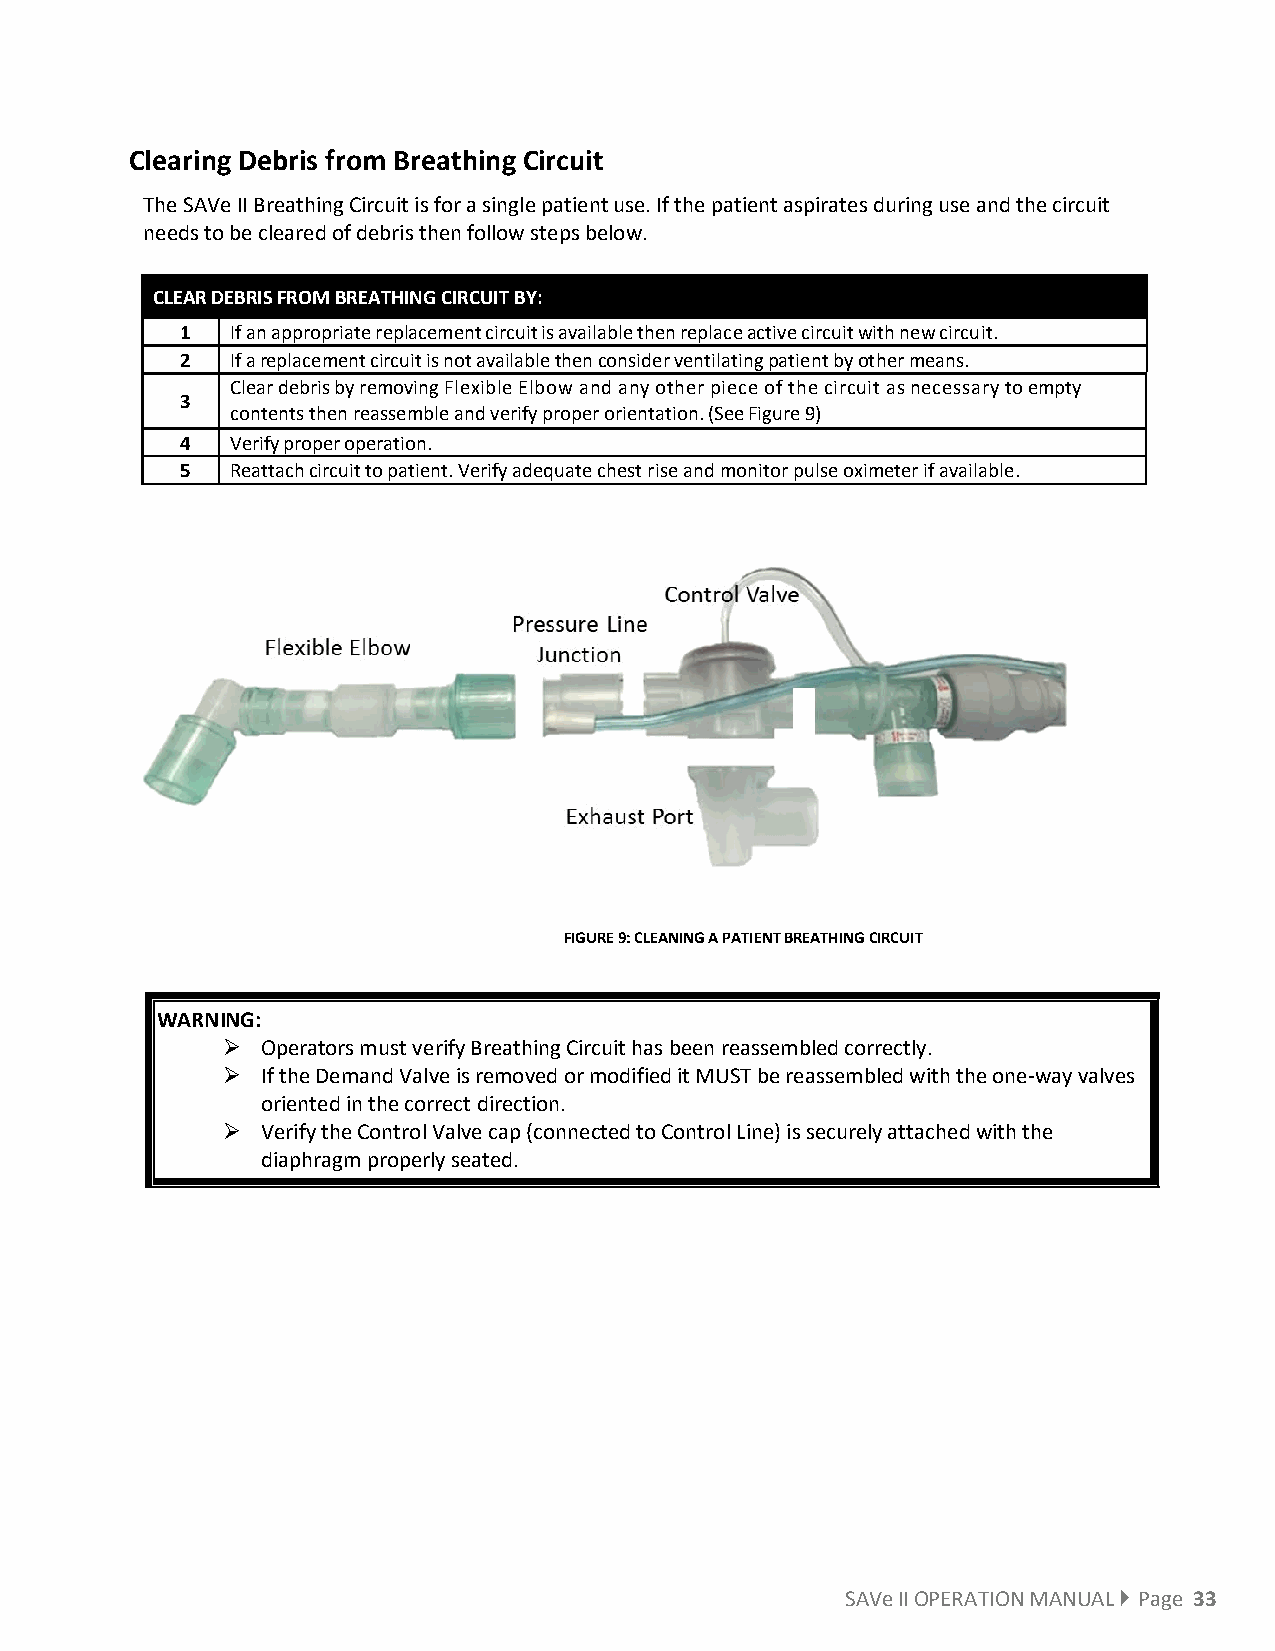
Clearing Debris from Breathing Circuit
 The SAVe II Breathing Circuit is for a single patient use. If the patient aspirates during use and the circuit
 needs to be cleared of debris then follow steps below.
 CLEAR DEBRIS FROM BREATHING CIRCUIT BY:
 1  If an appropriate replacement circuit is available then replace active circuit with new circuit.
 2  If a replacement circuit is not available then consider ventilating patient by other means.
 Clear debris by removing Flexible Elbow and any other piece of the circuit as necessary to empty
 3
 contents then reassemble and verify proper orientation. (See Figure 9)
 4  Verify proper operation.
 5  Reattach circuit to patient. Verify adequate chest rise and monitor pulse oximeter if available.
 FIGURE 9: CLEANING A PATIENT BREATHING CIRCUIT
 WARNING:
  Operators must verify Breathing Circuit has been reassembled correctly.
  If the Demand Valve is removed or modified it MUST be reassembled with the one-way valves
 oriented in the correct direction.
  Verify the Control Valve cap (connected to Control Line) is securely attached with the
 diaphragm properly seated.
 SAVe II OPERATION MANUAL  Page 33